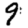
Digit: 9